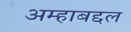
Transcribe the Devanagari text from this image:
अम्हाबद्दल